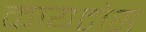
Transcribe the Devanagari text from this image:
कायटोस